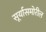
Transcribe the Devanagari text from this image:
सूर्यासमोरील